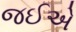
જઈએ